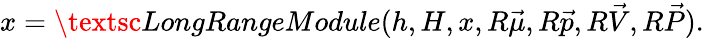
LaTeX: x=\textsc{LongRangeModule}(h,H,x,R\vec{\mu},R\vec{p},R\vec{V},R\vec{P}).